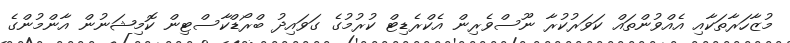
މުޒާހަރާތަކާއި އެއްވުންތައް ކަވަރުކުރާ ނޫސްވެރިން އެކްރެޑިޓް ކުރުމުގެ ގަވައިދު ބްރޯޑްކާސްޓިން ކޮމިޝަނުން އާންމުންގެ